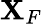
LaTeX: \mathbf{X}_{F}